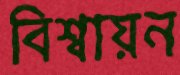
বিশ্বায়ন